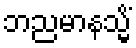
ဘညမာနသ္မိံ